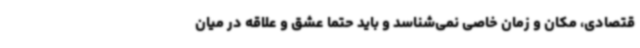
قتصادی، مکان و زمان خاصی نمی‌شناسد و باید حتما عشق و علاقه در میان